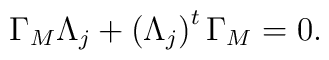
\Gamma _{M}\Lambda _{j}+\left( \Lambda _{j}\right) ^{t}\Gamma _{M}=0.